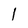
Character: l